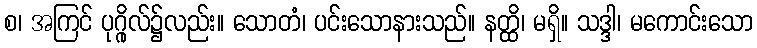
စ၊ အကြင် ပုဂ္ဂိုလ်၌လည်း။ သောတံ၊ ပင်းသောနားသည်။ နတ္ထိ၊ မရှိ။ သဒ္ဒါ၊ မကောင်းသော